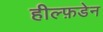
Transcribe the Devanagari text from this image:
हील्फ़डेन